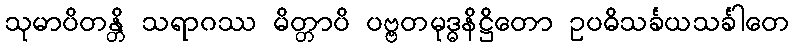
သုမာပိတန္တိ သရာဂဿ မိတ္တာပိ ပဗ္ဗတမုဒ္ဓနိဋ္ဌိတော ဥပဓိသင်္ခယသင်္ခါတေ